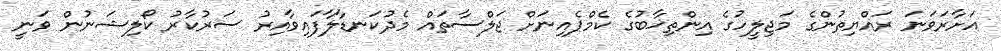
އަށާރަވަނަ ރައްޔިތުންގެ މަޖިލީހުގެ އިންތިޚާބުގެ ކެމްޕެއިނަށް ޖަލްސާތައް މެދުކަނޑާލާފައިވާއިރު ސަރުކާރު ކޯލިޝަނުން ވަނީ